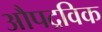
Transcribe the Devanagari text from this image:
औपद्रविक